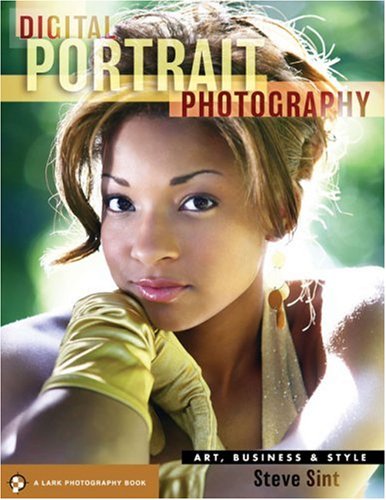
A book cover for Digital Portrait Photography: Art, Business & Style (A Lark Photography Book); Steve Sint; Arts & Photography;